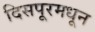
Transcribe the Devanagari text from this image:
दिसपूरमधून